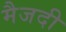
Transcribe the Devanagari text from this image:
मैजदी